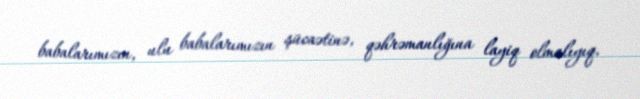
babalarımızın, ulu babalarımızın şücaətinə, qəhrəmanlığına layiq olmalıyıq.